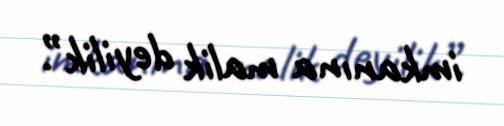
imkanına malik deyilik”.